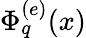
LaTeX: \Phi_{q}^{(e)}(x)